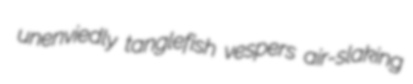
unenviedly tanglefish vespers air-slaking